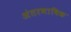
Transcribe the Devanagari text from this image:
अंतरभाषिक